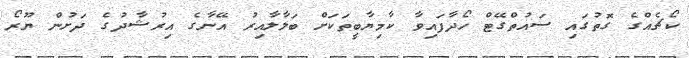
ކޯޗެއްގެ ގޮތުގައި ސައުތްގޭޓް ހޯދާފައިވާ ކާމިޔާބީތަކަށް ބަލާލާއިރު އޭނާގެ އިރުޝާދުގެ ދަށުން ޔޫރޯ